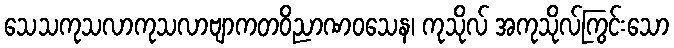
သေသကုသလာကုသလာဗျာကတဝိညာဏဝသေန၊ ကုသိုလ် အကုသိုလ်ကြွင်းသော